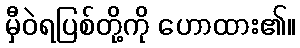
မှီဝဲရပြစ်တို့ကို ဟောထား၏။